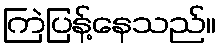
ကြဲပြန့်နေသည်။